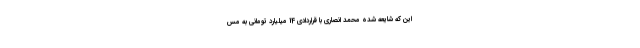
این که شایعه شده محمد انصاری با قراردادی 14 میلیارد تومانی به مس